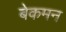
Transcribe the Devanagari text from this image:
बेकमन